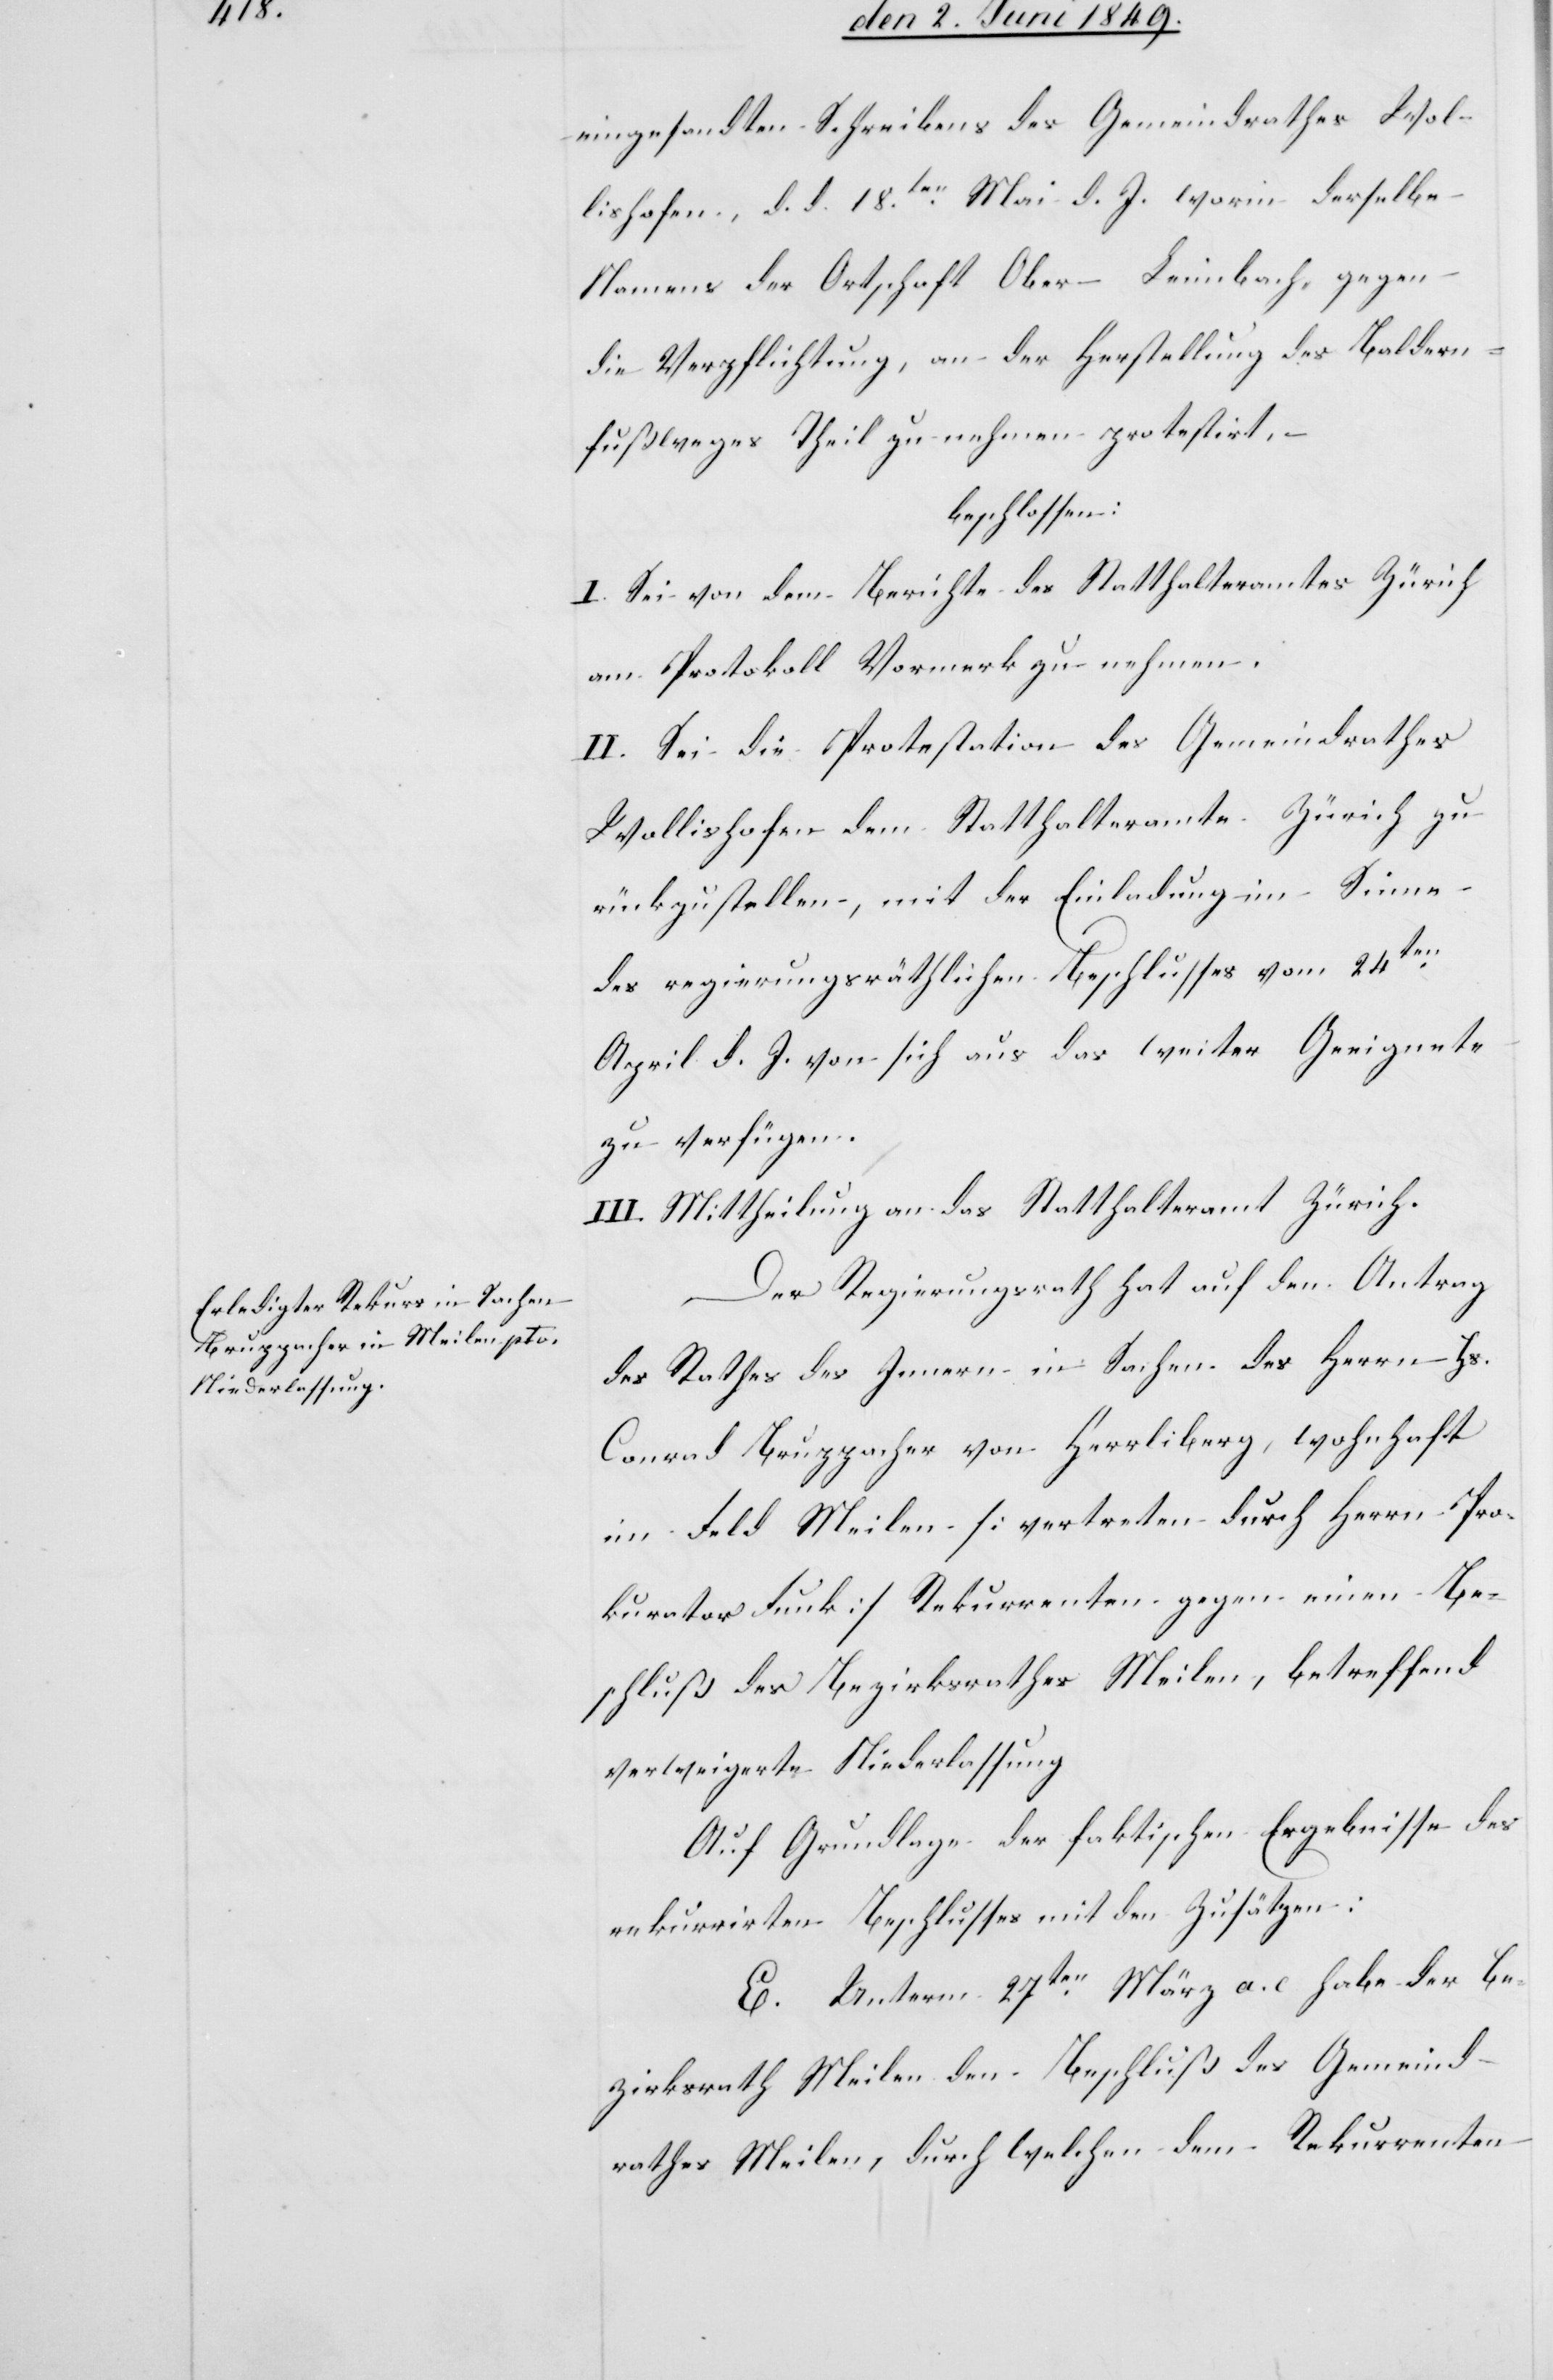
eingesandten Schreibens des Gemeindrathes Wol¬
lishofen, d. d. 18ten Mai d. J. worin derselbe
Namens der Ortschaft Ober-Leimbach, gegen
die Verpflichtung, an der Herstellung des Baldern¬
fußweges Theil zu nehmen protestirt, –
beschlossen:
I. Sei von dem Berichte des Statthalteramtes Zürich
am Protokoll Vormerk zu nehmen.
II. Sei die Protestation des Gemeindrathes
Wollishofen dem Statthalteramte Zürich zu¬
rückzustellen, mit der Einladung im Sinne
des regierungsräthlichen Beschlusses vom 24ten
April d. J. von sich aus das weiter Geeignete
zu verfügen.
III. Mittheilung an das Statthalteramt Zürich.
Der Regierungsrath hat auf den Antrag
des Rathes des Innern in Sachen des Herrn Hs.
Conrad Bruppacher von Herrliberg, wohnhaft
im Feld Meilen [vertreten durch Herrn Pro¬
kurator Funk] Rekurrenten gegen einen Be¬
schluß des Bezirksrathes Meilen, betreffend
verweigerte Niederlassung
Auf Grundlage der faktischen Ergebnisse des
rekurrirten Beschlusses mit den Zusätzen:
E. Unterm 27ten März a. c. habe der Be¬
zirksrath Meilen den Beschluß des Gemeind¬
rathes Meilen, durch welchen dem Rekurrenten